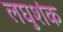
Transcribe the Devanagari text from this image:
लघुशंक